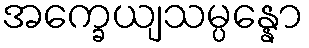
အက္ခေယျသမ္ပန္နော